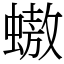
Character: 𧑃